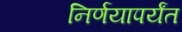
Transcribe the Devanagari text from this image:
निर्णयापर्यंत